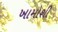
ખામોશી